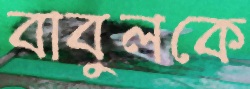
বাবুলকে